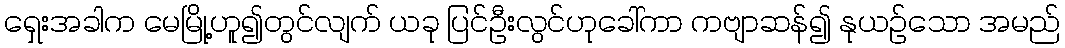
ရှေးအခါက မေမြို့ဟူ၍တွင်လျက် ယခု ပြင်ဦးလွင်ဟုခေါ်ကာ ကဗျာဆန်၍ နုယဉ်သော အမည်